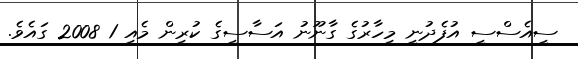
ސީއެސްސީ އުފެދުނީ މިހާރުގެ ގާނޫނު އަސާސީގެ ކުރިން މެއި 1 2008 ގައެވެ.